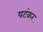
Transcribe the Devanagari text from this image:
पटंकर